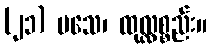
(၂၁) မသေ၊ ထုလ္လစ္စည်း။